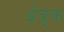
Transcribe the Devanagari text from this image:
ईबुक